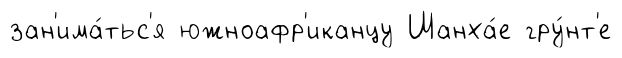
зан'има́тьс'я южноафр'иканцу Шанха́е гру́нт'е